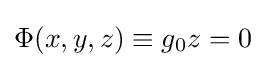
\Phi (x,y,z)\equiv g_{0}z=0